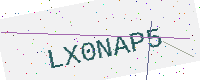
Text: LX0NAP5